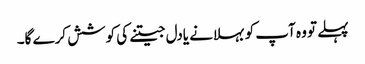
پہلے تو وہ آپ کو بہلانے یادل جیتنے کی کوشش کرے گا۔